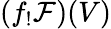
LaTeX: (f_{!}{\mathcal{F}})(V)